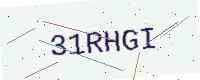
Text: 31RHGI